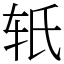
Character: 𬨂